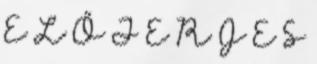
E L Ő T E R J E S